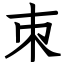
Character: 朿